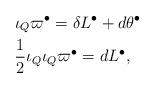
LaTeX: \begin{align*}& \iota_{Q} \varpi^{\bullet} = \delta L^{\bullet} + d\theta^\bullet\\&\frac12 \iota_Q\iota_Q\varpi^{\bullet} = d L^{\bullet},\end{align*}